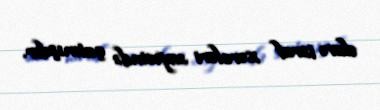
əlavə israf xərcləri sayəsində çatmışdır.